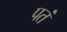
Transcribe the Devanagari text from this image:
पतं